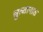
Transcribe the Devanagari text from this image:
सुल्तानात